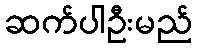
ဆက်ပါဦးမည်